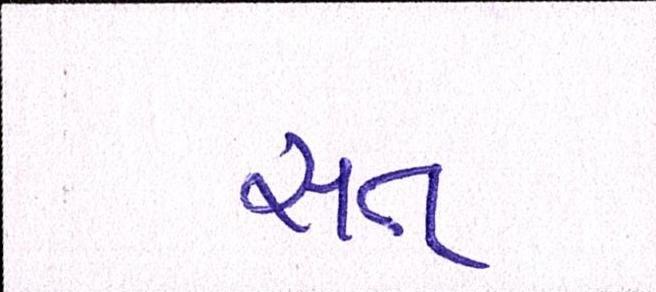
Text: સત્